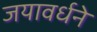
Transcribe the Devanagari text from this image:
जयावर्धने